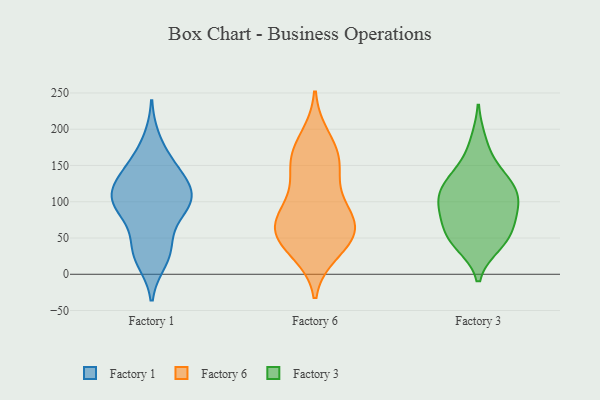
{"axis": {"x": "Website Visitors", "y": "Value"}, "legend": ["Factory 1", "Factory 3", "Factory 6"], "data": [{"x": "", "y": 102, "type": "Factory 1"}, {"x": "", "y": 93, "type": "Factory 1"}, {"x": "", "y": 106, "type": "Factory 1"}, {"x": "", "y": 129, "type": "Factory 1"}, {"x": "", "y": 114, "type": "Factory 1"}, {"x": "", "y": 142, "type": "Factory 1"}, {"x": "", "y": 79, "type": "Factory 1"}, {"x": "", "y": 20, "type": "Factory 1"}, {"x": "", "y": 142, "type": "Factory 1"}, {"x": "", "y": 37, "type": "Factory 1"}, {"x": "", "y": 153, "type": "Factory 1"}, {"x": "", "y": 96, "type": "Factory 1"}, {"x": "", "y": 184, "type": "Factory 1"}, {"x": "", "y": 110, "type": "Factory 1"}, {"x": "", "y": 97, "type": "Factory 1"}, {"x": "", "y": 33, "type": "Factory 1"}, {"x": "", "y": 30, "type": "Factory 1"}, {"x": "", "y": 154, "type": "Factory 6"}, {"x": "", "y": 59, "type": "Factory 6"}, {"x": "", "y": 154, "type": "Factory 6"}, {"x": "", "y": 109, "type": "Factory 6"}, {"x": "", "y": 63, "type": "Factory 6"}, {"x": "", "y": 87, "type": "Factory 6"}, {"x": "", "y": 188, "type": "Factory 6"}, {"x": "", "y": 82, "type": "Factory 6"}, {"x": "", "y": 60, "type": "Factory 6"}, {"x": "", "y": 41, "type": "Factory 6"}, {"x": "", "y": 171, "type": "Factory 6"}, {"x": "", "y": 31, "type": "Factory 6"}, {"x": "", "y": 72, "type": "Factory 6"}, {"x": "", "y": 46, "type": "Factory 6"}, {"x": "", "y": 144, "type": "Factory 6"}, {"x": "", "y": 87, "type": "Factory 3"}, {"x": "", "y": 116, "type": "Factory 3"}, {"x": "", "y": 41, "type": "Factory 3"}, {"x": "", "y": 149, "type": "Factory 3"}, {"x": "", "y": 43, "type": "Factory 3"}, {"x": "", "y": 114, "type": "Factory 3"}, {"x": "", "y": 106, "type": "Factory 3"}, {"x": "", "y": 53, "type": "Factory 3"}, {"x": "", "y": 90, "type": "Factory 3"}, {"x": "", "y": 183, "type": "Factory 3"}, {"x": "", "y": 68, "type": "Factory 3"}, {"x": "", "y": 54, "type": "Factory 3"}, {"x": "", "y": 130, "type": "Factory 3"}, {"x": "", "y": 90, "type": "Factory 3"}, {"x": "", "y": 126, "type": "Factory 3"}]}